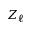
Z _ { \ell }